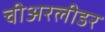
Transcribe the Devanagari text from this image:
चीअरलीडर